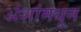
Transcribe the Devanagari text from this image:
अंशांमधून